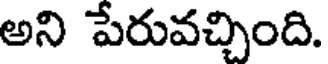
అని పేరువచ్చింది.